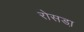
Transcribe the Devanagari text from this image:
रोसडा़